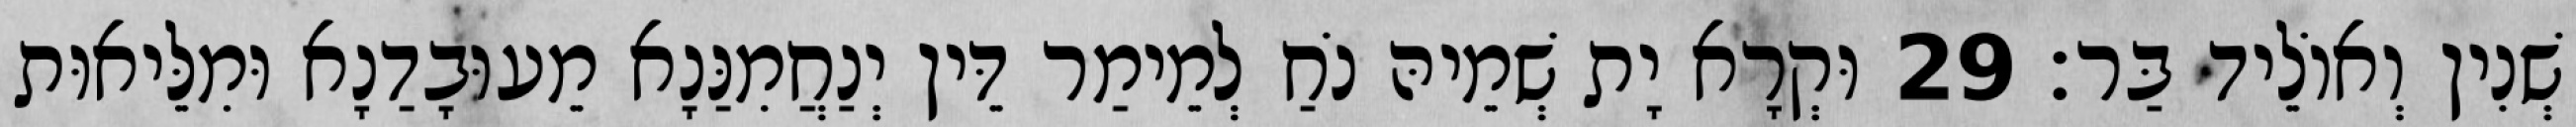
שְׁנִין וְאוֹלֵיד בַּר׃ 29 וּקְרָא יָת שְׁמֵיהּ נֹחַ לְמֵימַר דֵּין יְנַחֲמִנַּנָא מֵעוּבָדַנָא וּמִלֵּיאוּת